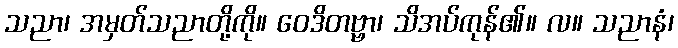
သညာ၊ အမှတ်သညာတို့ကို။ ဝေဒိတဗ္ဗာ၊ သိအပ်ကုန်၏။ လ။ သညာနံ၊